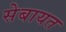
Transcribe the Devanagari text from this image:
सेबायत